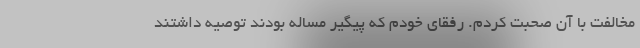
مخالفت با آن صحبت کردم. رفقای خودم که پیگیر مساله بودند توصیه داشتند